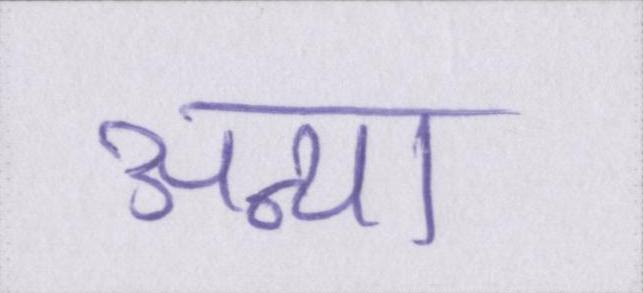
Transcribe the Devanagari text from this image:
अन्या